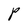
Character: P